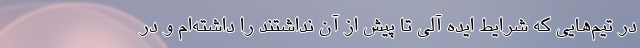
در تیم‌هایی که شرایط ایده آلی تا پیش از آن نداشتند را داشته‌ام و در